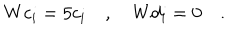
W c _ { i } = 5 c _ { i } \quad , \quad W d _ { i } = 0 \quad .